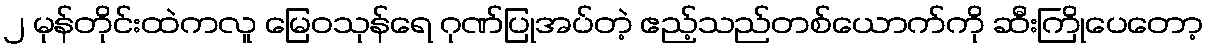
၂ မုန်တိုင်းထဲကလူ မြေဝသုန်ရေ ဂုဏ်ပြုအပ်တဲ့ ဧည့်သည်တစ်ယောက်ကို ဆီးကြိုပေတော့